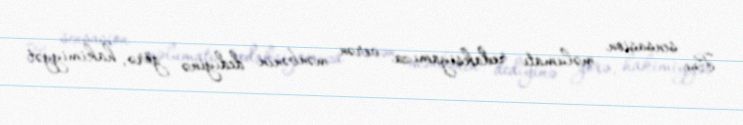
Bu sensasion məlumatı redaksiyamıza verən mənbənin dediyinə görə, hakimiyyət